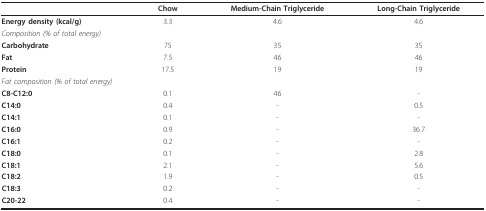
<table><thead><tr><td></td><td><b>Chow</b></td><td><b>Medium-Chain Triglyceride</b></td><td><b>Long-Chain Triglyceride</b></td></tr></thead><tbody><tr><td><b>Energy density (kcal/g)</b></td><td>3.3</td><td>4.6</td><td>4.6</td></tr><tr><td colspan="4"><i>Composition (% of total energy)</i></td></tr><tr><td><b>Carbohydrate</b></td><td>75</td><td>35</td><td>35</td></tr><tr><td><b>Fat</b></td><td>7.5</td><td>46</td><td>46</td></tr><tr><td><b>Protein</b></td><td>17.5</td><td>19</td><td>19</td></tr><tr><td colspan="4"><i>Fat composition (% of total energy)</i></td></tr><tr><td><b>C8-C12:0</b></td><td>0.1</td><td>46</td><td>-</td></tr><tr><td><b>C14:0</b></td><td>0.4</td><td>-</td><td>0.5</td></tr><tr><td><b>C14:1</b></td><td>0.1</td><td>-</td><td>-</td></tr><tr><td><b>C16:0</b></td><td>0.9</td><td>-</td><td>36.7</td></tr><tr><td><b>C16:1</b></td><td>0.2</td><td>-</td><td>-</td></tr><tr><td><b>C18:0</b></td><td>0.1</td><td>-</td><td>2.8</td></tr><tr><td><b>C18:1</b></td><td>2.1</td><td>-</td><td>5.6</td></tr><tr><td><b>C18:2</b></td><td>1.9</td><td>-</td><td>0.5</td></tr><tr><td><b>C18:3</b></td><td>0.2</td><td>-</td><td>-</td></tr><tr><td><b>C20-22</b></td><td>0.4</td><td>-</td><td>-</td></tr></tbody></table>